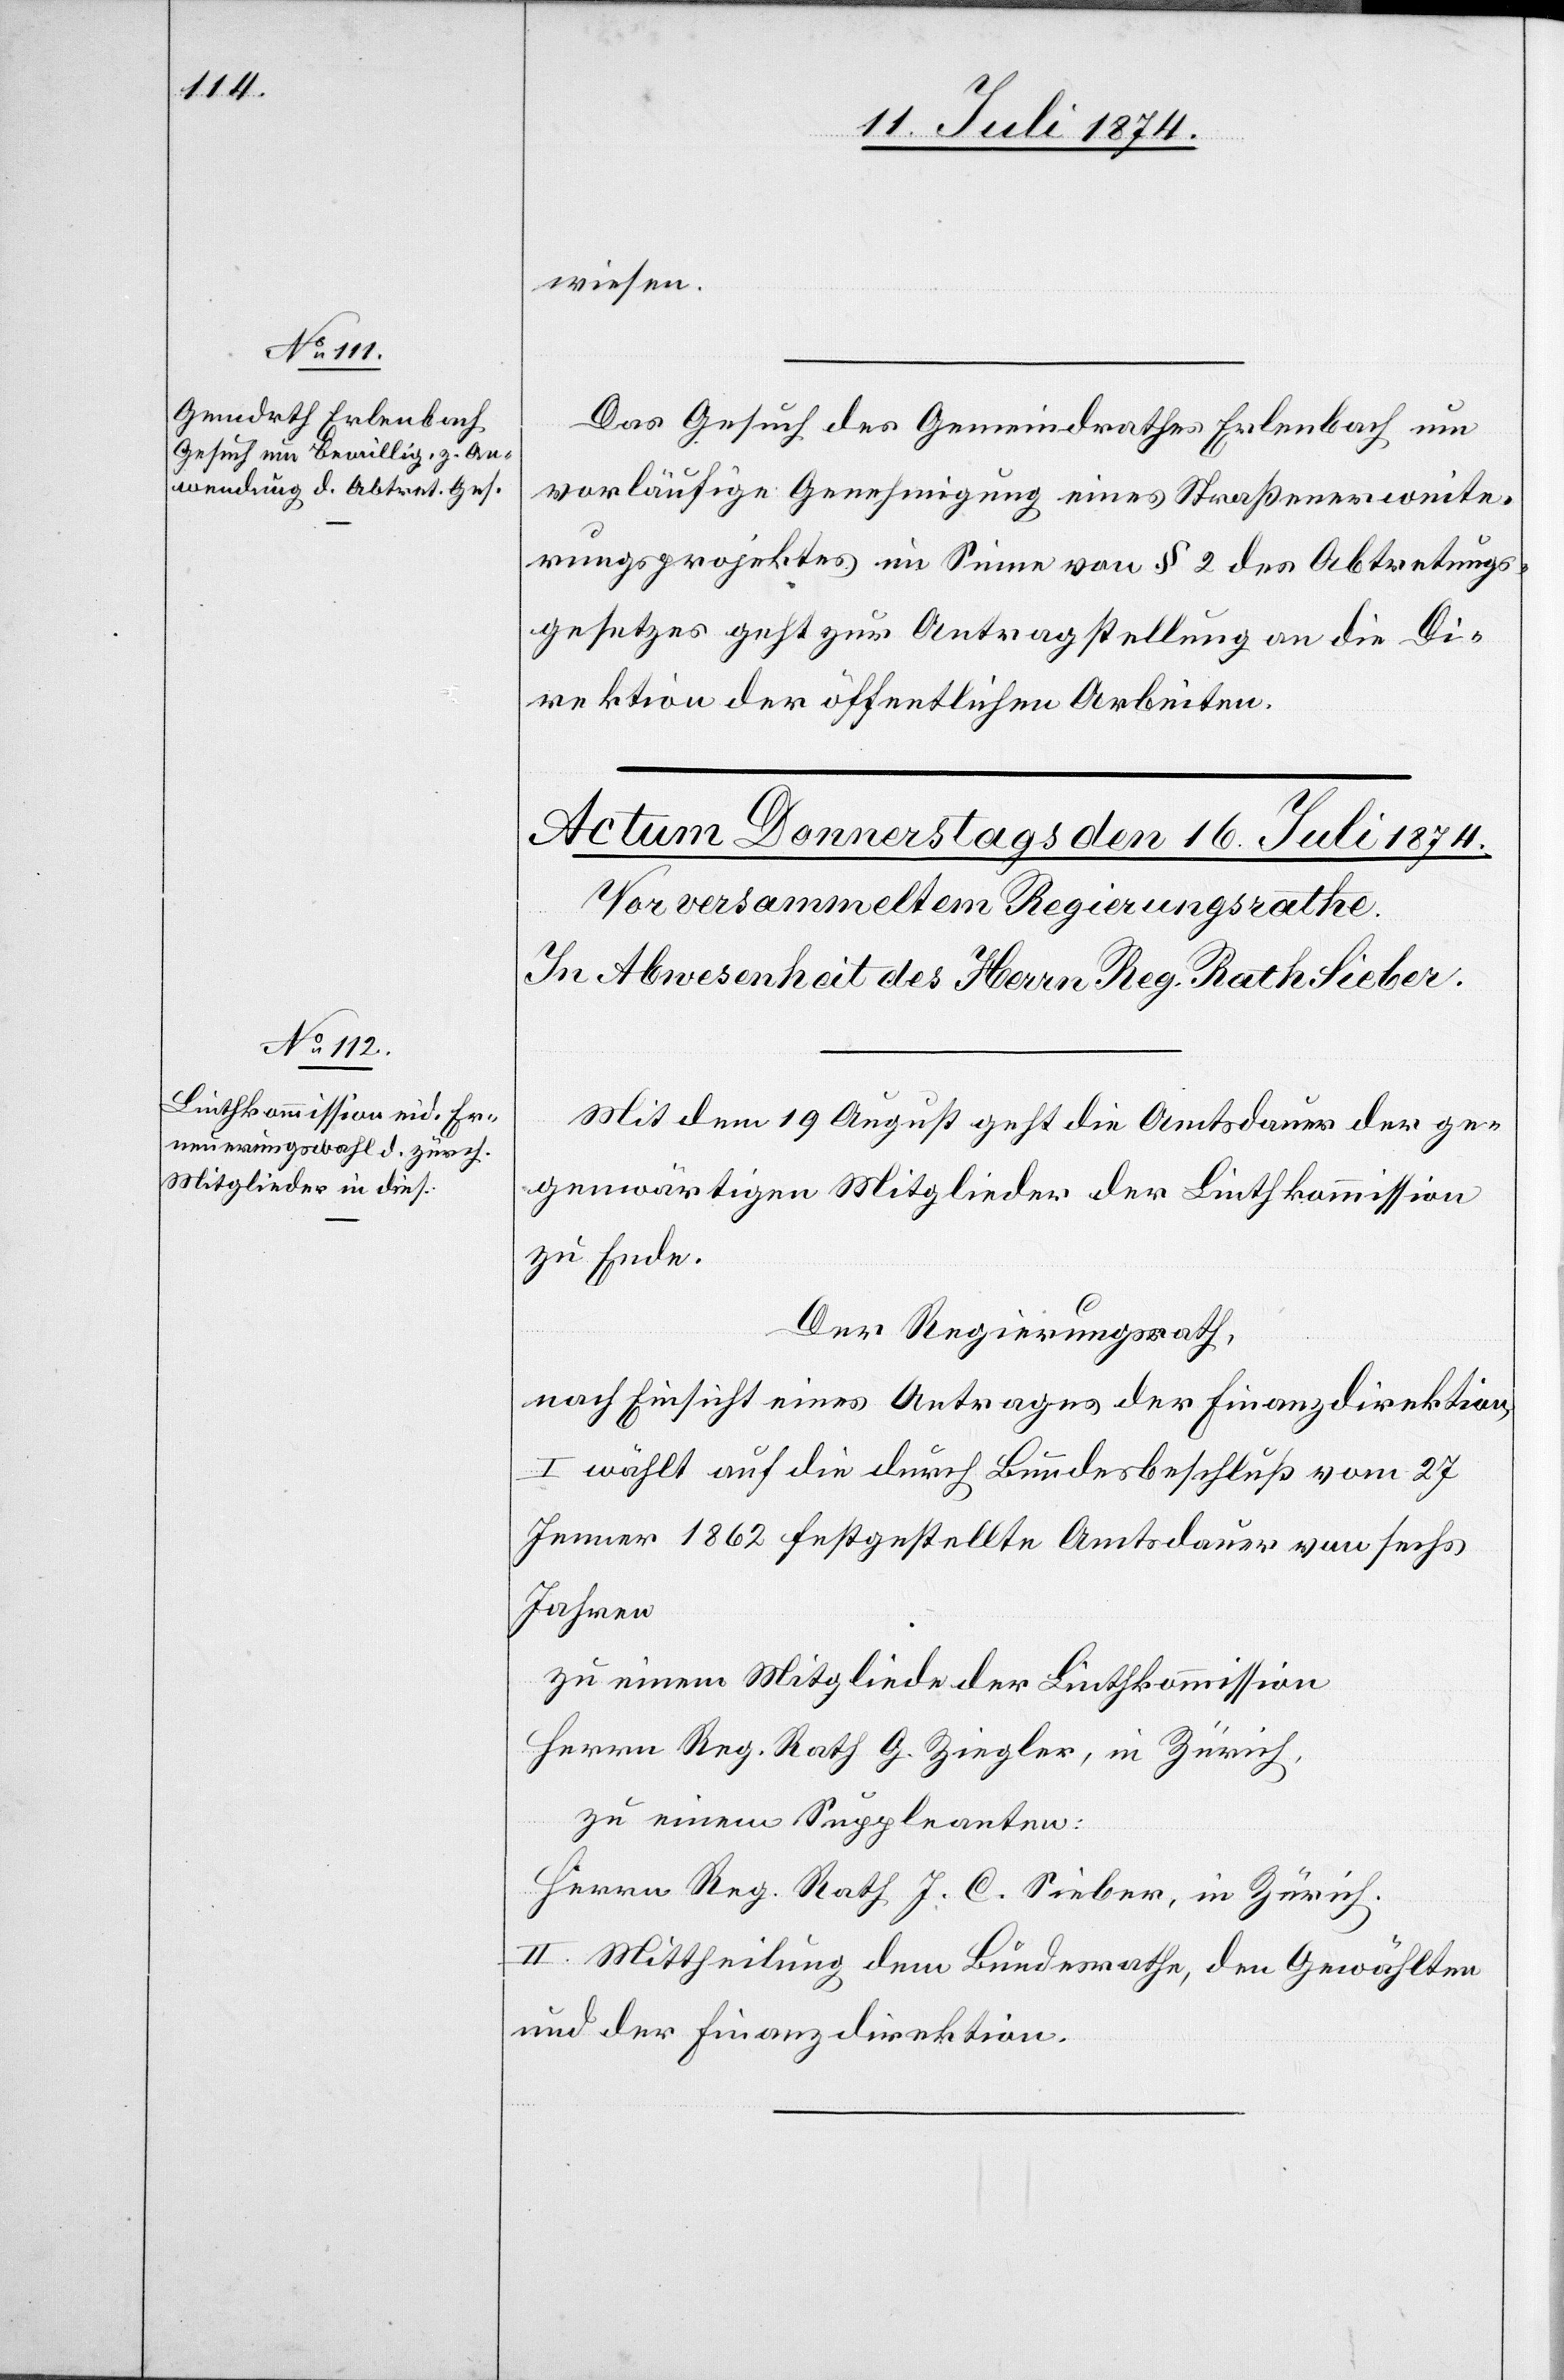
15. Juli 1874]
wiesen.
Das Gesuch des Gemeindrathes Erlenbach um
vorläufige Genehmigung eines Straßenerweite¬
rungsprojektes im Sinne von § 2 des Abtretungs¬
gesetzes geht zur Antragstellung an die Di¬
rektion der öffentlichen Arbeiten.
Mit dem 19. August geht die Amtsdauer der ge¬
genwärtigen Mitglieder der Linthkommission
zu Ende.
Der Regierungsrath,
nach Einsicht eines Antrages der Finanzdirektion,
I. wählt auf die durch Bundesbeschluß vom 27.
Jenner 1862 festgestellte Amtsdauer von sechs
Jahren
zu einem Mitgliede der Linthkommission
Herrn Reg. Rath G. Ziegler, in Zürich,
zu einem Suppleanten:
Herrn Reg. Rath J. C. Sieber, in Zürich.
II. Mittheilung dem Bundesrath, den Gewählten
und der Finanzdirektion.